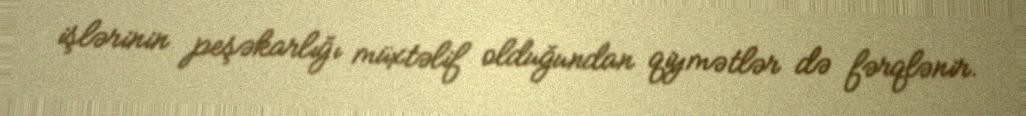
işlərinin peşəkarlığı müxtəlif olduğundan qiymətlər də fərqlənir.